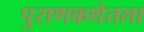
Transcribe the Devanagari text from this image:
पुराणकथेतला